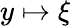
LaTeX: y\mapsto\xi